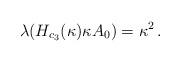
LaTeX: \begin{align*} \lambda (H_{c_3}(\kappa)\kappa A_0) = \kappa^2\,. \end{align*}